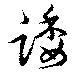
踒